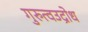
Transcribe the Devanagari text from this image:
गुरुत्वउद्रोध